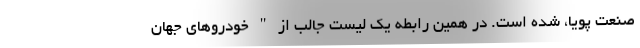
صنعت پویا، شده است. در همین رابطه یک لیست جالب از " خودروهای جهان